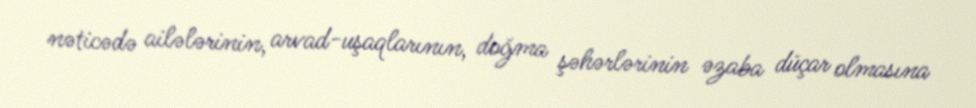
nəticədə ailələrinin, arvad-uşaqlarının, doğma şəhərlərinin əzaba düçar olmasına